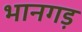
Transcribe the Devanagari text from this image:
भानगड़